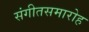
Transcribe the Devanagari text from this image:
संगीतसमारोह